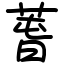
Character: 萅